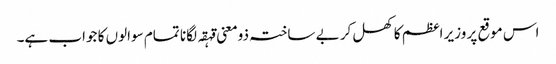
اس موقع پر وزیر اعظم کا کھل کر بے ساختہ ذومعنی قہقہ لگانا تمام سوالوں کا جواب ہے۔